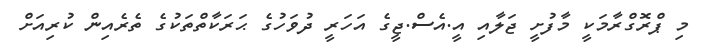
މި ޕްރޮގްރާމަކީ މާފުށީ ޖަލާއި އީ.އެސް.ޖީގެ އަހަރީ ދުވަހުގެ ޙަރަކާތްތަކުގެ ތެރެއިން ކުރިއަށް